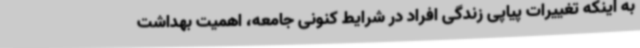
به اینکه تغییرات پیاپی زندگی افراد در شرایط کنونی جامعه، اهمیت بهداشت